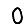
Digit: 0